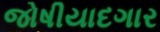
જોષીયાદગાર